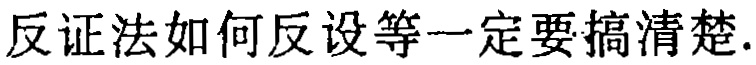
反证法如何反设等一定要搞清楚.